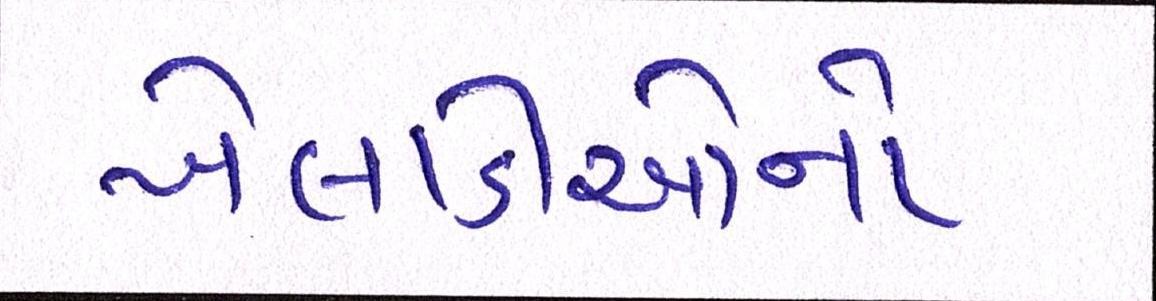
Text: ખેલાડીઓનો